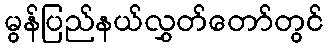
မွန်ပြည်နယ်လွှတ်တော်တွင်